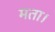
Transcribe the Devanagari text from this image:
मता।